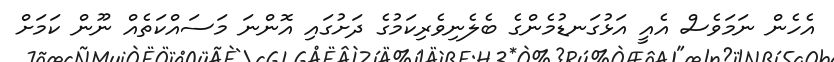
އެހެން ނަމަވެސް އެއީ އަޅުގަނޑުމެންގެ ބެލެނިވެރިކަމުގެ ދަށުގައި އޮންނަ މަސައްކަތެއް ނޫން ކަމަށް